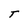
Character: T